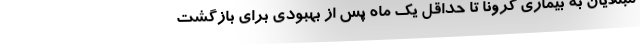
مبتلایان به بیماری کرونا تا حداقل یک ماه پس از بهبودی برای بازگشت